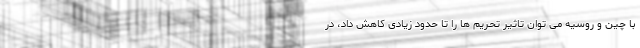
با چین و روسیه می توان تاثیر تحریم ها را تا حدود زیادی کاهش داد، در